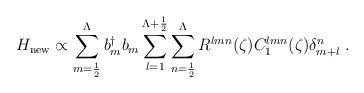
LaTeX: \begin{align*}H_{\rm{new}} \propto\sum_{m=\frac{1}{2}}^{\Lambda} b^{\dag}_m b_m\sum_{l=1}^{\Lambda +\frac{1}{2}} \sum_{n=\frac{1}{2}}^{\Lambda}R^{lmn}(\zeta) C_1^{lmn}(\zeta) \delta^n_{m+l}\;.\end{align*}